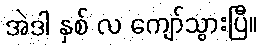
အဲဒါ နှစ် လ ကျော်သွားပြီ။